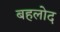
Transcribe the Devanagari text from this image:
बहलोद